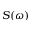
S ( \omega )